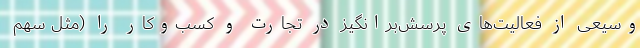
وسیعی از فعالیت‌های پرسش‌برانگیز در تجارت و کسب‌وکار را (مثل سهم